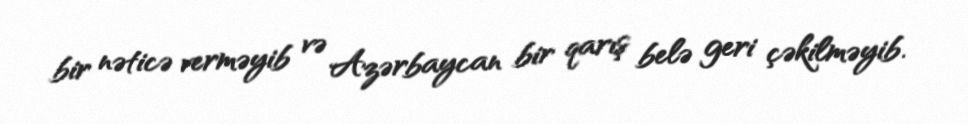
bir nəticə verməyib və Azərbaycan bir qarış belə geri çəkilməyib.